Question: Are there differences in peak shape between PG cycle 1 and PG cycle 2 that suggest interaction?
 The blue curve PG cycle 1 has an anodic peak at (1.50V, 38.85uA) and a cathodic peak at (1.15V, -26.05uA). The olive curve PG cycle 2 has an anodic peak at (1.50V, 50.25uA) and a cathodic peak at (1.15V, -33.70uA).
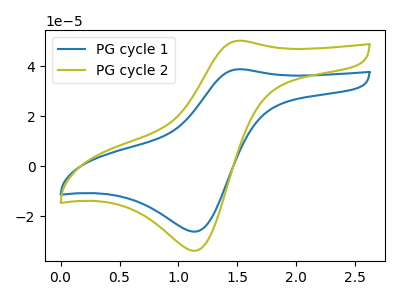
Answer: <think>All the peaks in "PG cycle 1" have a peak in "PG cycle 2" at the same potential. Every peak in "PG cycle 1" is lower than every peak in "PG cycle 2".
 </think>
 <answer>No, "PG cycle 1" and "PG cycle 2" don't appear to be significantly different in shape</answer>
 <eval>no_change</eval>